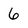
Character: 6